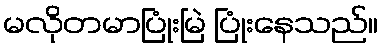
မလိုတမာပြုံးမြဲ ပြုံးနေသည်။